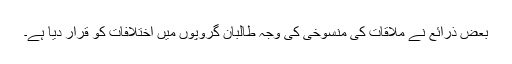
بعض ذرائع نے ملاقات کی منسوخی کی وجہ طالبان گروپوں میں اختلافات کو قرار دیا ہے۔